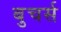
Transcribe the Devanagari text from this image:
बुचर्स